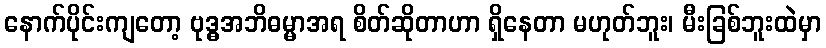
နောက်ပိုင်းကျတော့ ဗုဒ္ဓအဘိဓမ္မာအရ စိတ်ဆိုတာဟာ ရှိနေတာ မဟုတ်ဘူး၊ မီးခြစ်ဘူးထဲမှာ